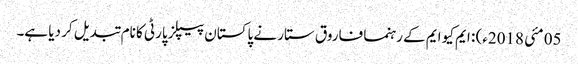
05 مئی 2018ء) : ایم کیو ایم کے رہنما فاروق ستار نے پاکستان پیپلز پارٹی کا نام تبدیل کر دیا ہے۔